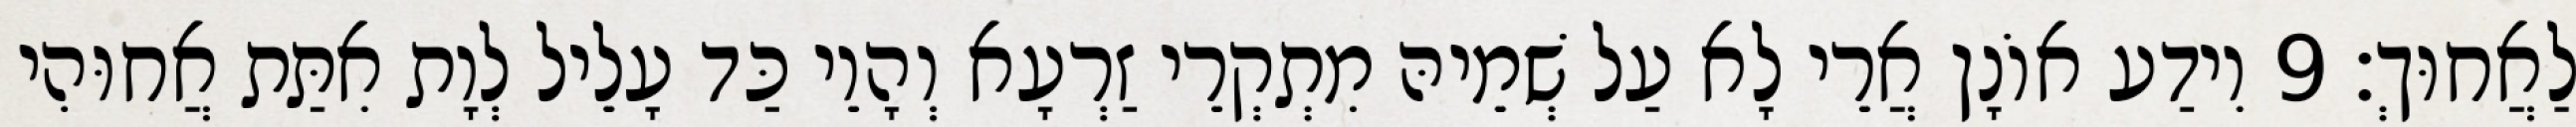
לַאֲחוּךְ׃ 9 וִידַע אוֹנָן אֲרֵי לָא עַל שְׁמֵיהּ מִתְקְרֵי זַרְעָא וְהָוֵי כַּד עָלֵיל לְוָת אִתַּת אֲחוּהִי